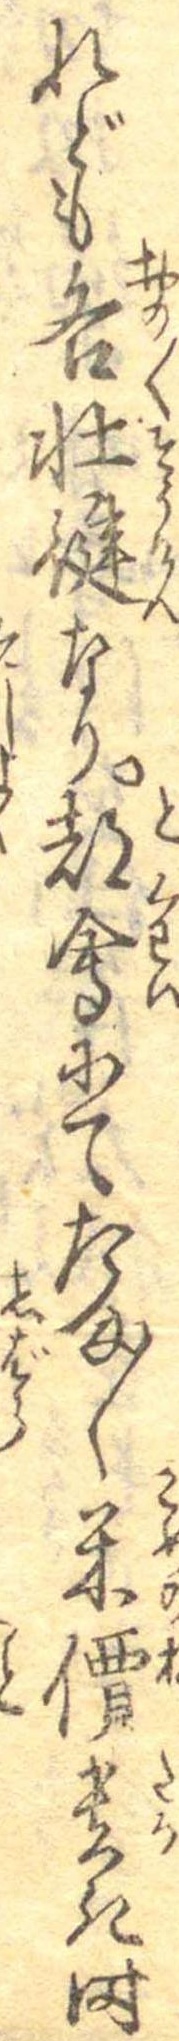
れども各壮健なり都会にてたま〱米價貴き時